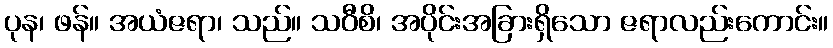
ပုန၊ ဖန်။ အယံဇရာ၊ သည်။ သဝီစိ၊ အပိုင်းအခြားရှိသော ဇရာလည်းကောင်း။